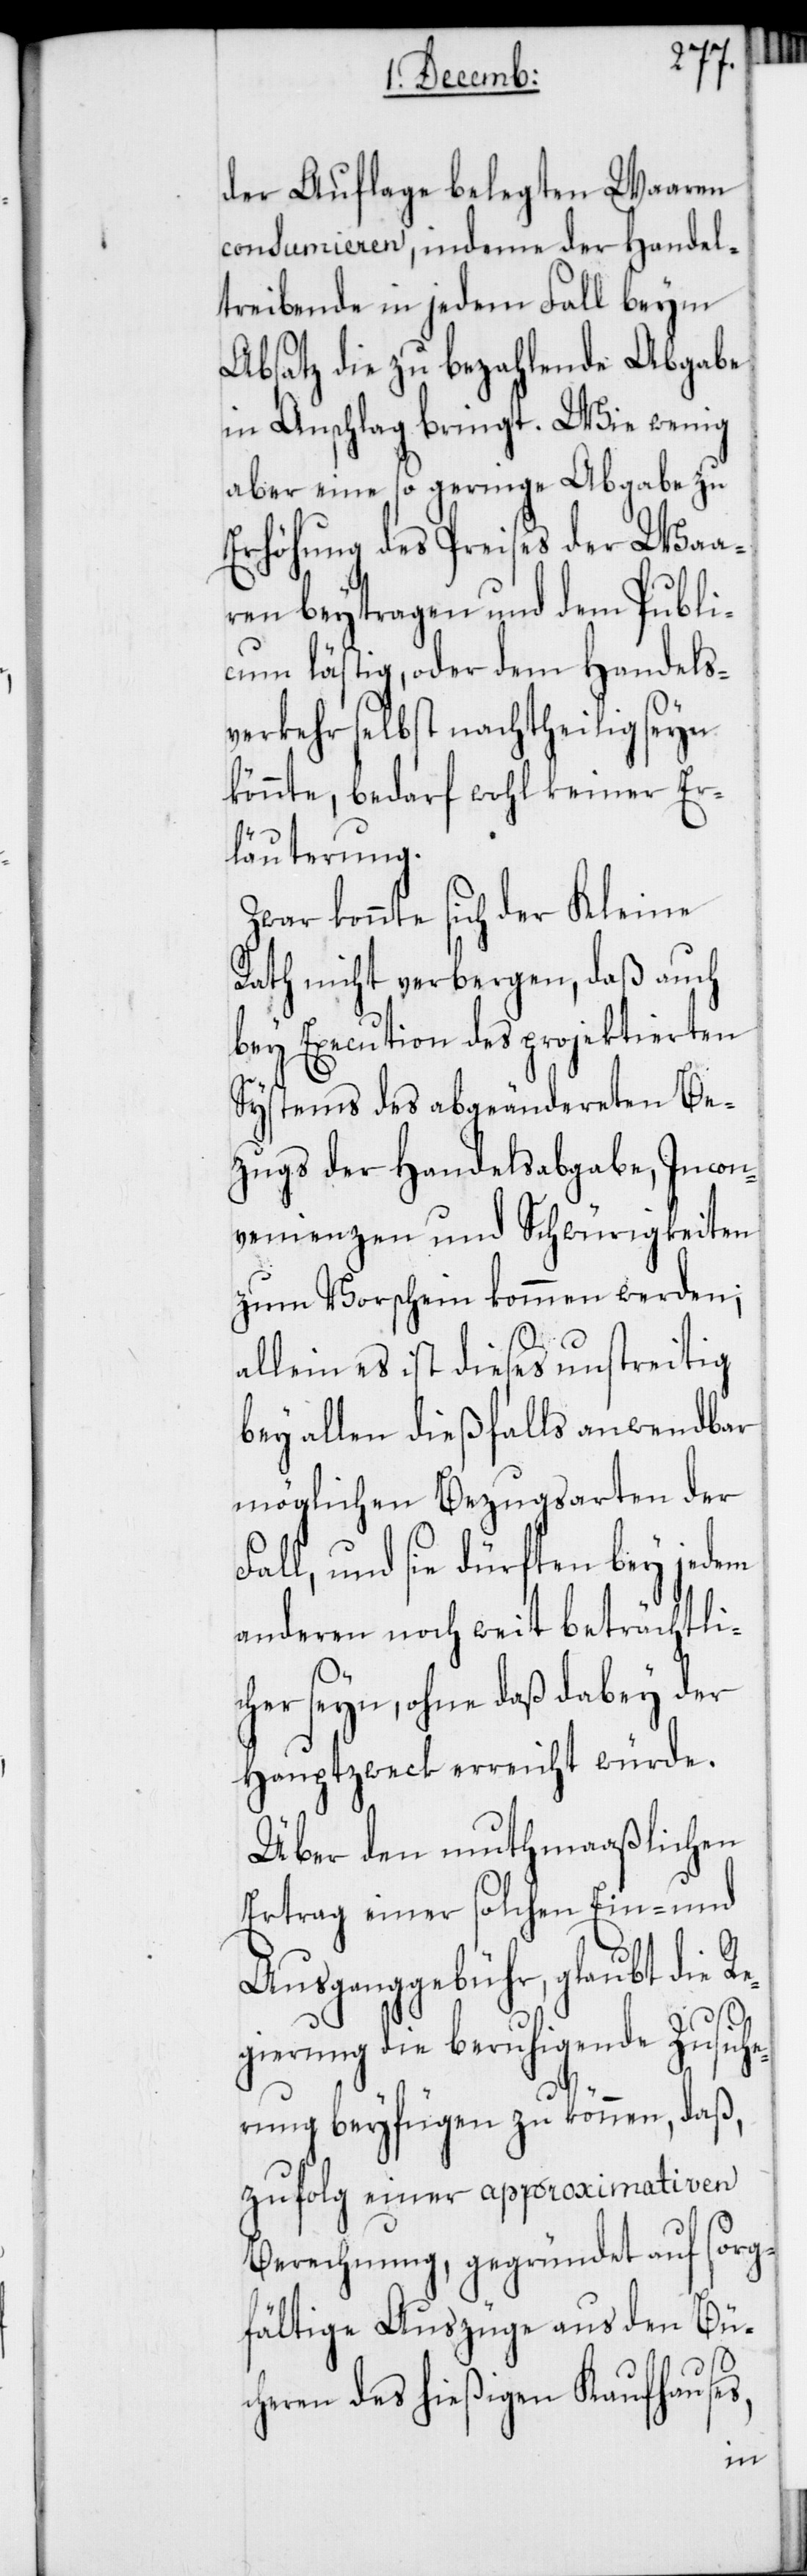
der Auflage belegten Waaren
consumieren, indeme der Handel¬
treibende in jedem Fall beym
Absatz die zu bezahlende Abgabe
in Anschlag bringt. Wie wenig
aber eine so geringe Abgabe zu
Erhöhung des Preises der Waa¬
ren beytragen und dem Publi¬
cum lästig, oder dem Handels¬
verkehr selbst nachtheilig seyn
könnte, bedarf wohl keiner Er¬
läuterung.
Zwar konnte sich der Kleine
Rath nicht verbergen, daß auch
bey Excecution des projektierten
Systems des abgeändereten Be¬
zugs der Handelsabgabe, Incon¬
venienzen und Schwürigkeiten
zum Vorschein kommen werden;
allein es ist dieses unstreitig
bey allen dießfalls anwendbar
möglichen Bezugsarten der F¬
all, und sie dürften bey jedem
anderen noch weit beträchtli¬
cher seyn, ohne daß dabey der
Hauptzweck erreicht würde.
Über den muthmaaßlichen
Ertrag einer solchen Ein- und
Ausgangsgebühr, glaubt die Re¬
gierung die beruhigende Zusich¬
erung beyfügen zu können, daß,
zufolg einer approximativen
Berechnung, gegründet auf sorg¬
fältige Auszüge aus den Bü¬
cheren des hießigen Kaufhauses,